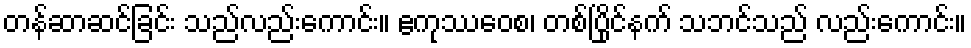
တန်ဆာဆင်ခြင်း သည်လည်းကောင်း။ ဧကုဿဝေစ၊ တစ်ပြိုင်နက် သဘင်သည် လည်းကောင်း။